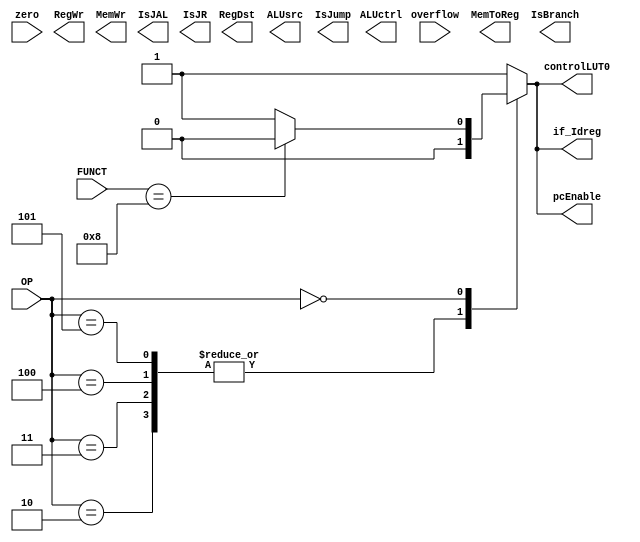
//------------------------------------------------------------------------
// Hazard Look Up Table
//------------------------------------------------------------------------

`define opLW    6'b100011
`define opSW    6'b101011
`define opJ     6'b000010
`define opJR    6'b001000 //FUNCT, OP = 6'b000000
`define opJAL   6'b000011
`define opBEQ   6'b000100
`define opBNE   6'b000101
`define opXORI  6'b001110
`define opADDI  6'b001000
`define opADD   6'b100000 //FUNCT, OP = 6'b000000
`define opSUB   6'b100010 //FUNCT, OP = 6'b000000
`define opSLT   6'b101010 //FUNCT, OP = 6'b000000
`define Rtype   6'b000000

module instructionLUT
(
    input [5:0] OP,
    input [5:0] FUNCT,
    input       zero,
    input       overflow,
    output reg  RegDst,
    output reg  RegWr,
    output reg  MemWr,
    output reg  MemToReg,
    output reg [2:0] ALUctrl,
    output reg  ALUsrc,
    output reg  IsJump,
    output reg  IsJAL,
    output reg  IsJR,
    output reg  IsBranch,
    output reg pcEnable,
    output reg controlLUT0,
    output reg if_Idreg
);

    always @(*) begin
        case(OP)
            `opJ: begin
              pcEnable = 0;
              controlLUT0 = 0;
              if_Idreg = 0;
            end
            `opJAL: begin
              pcEnable = 0;
              controlLUT0 = 0;
              if_Idreg = 0;
            end
            `opBEQ: begin
              pcEnable = 0;
              controlLUT0 = 0;
              if_Idreg = 0;
            end
            `opBNE: begin
              pcEnable = 0;
              controlLUT0 = 0;
              if_Idreg = 0;
            end

            `Rtype: begin
                case(FUNCT)
                    `opJR: begin
                      pcEnable = 0;
                      controlLUT0 = 0;
                      if_Idreg = 0;
                    end

                    default: begin
                        pcEnable = 1;
                        controlLUT0 = 1;
                        if_Idreg = 1;
                    end
                endcase // case(FUNCT)
            end // Rtype
            default: begin
                pcEnable = 1;
                controlLUT0 = 1;
                if_Idreg = 1;
            end
        endcase // case(OP)
    end // always
endmodule